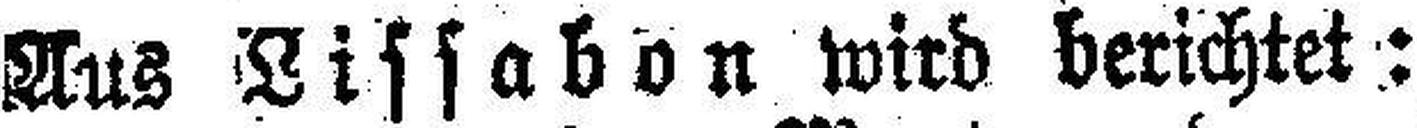
Aus Lissabon wird berichtet: